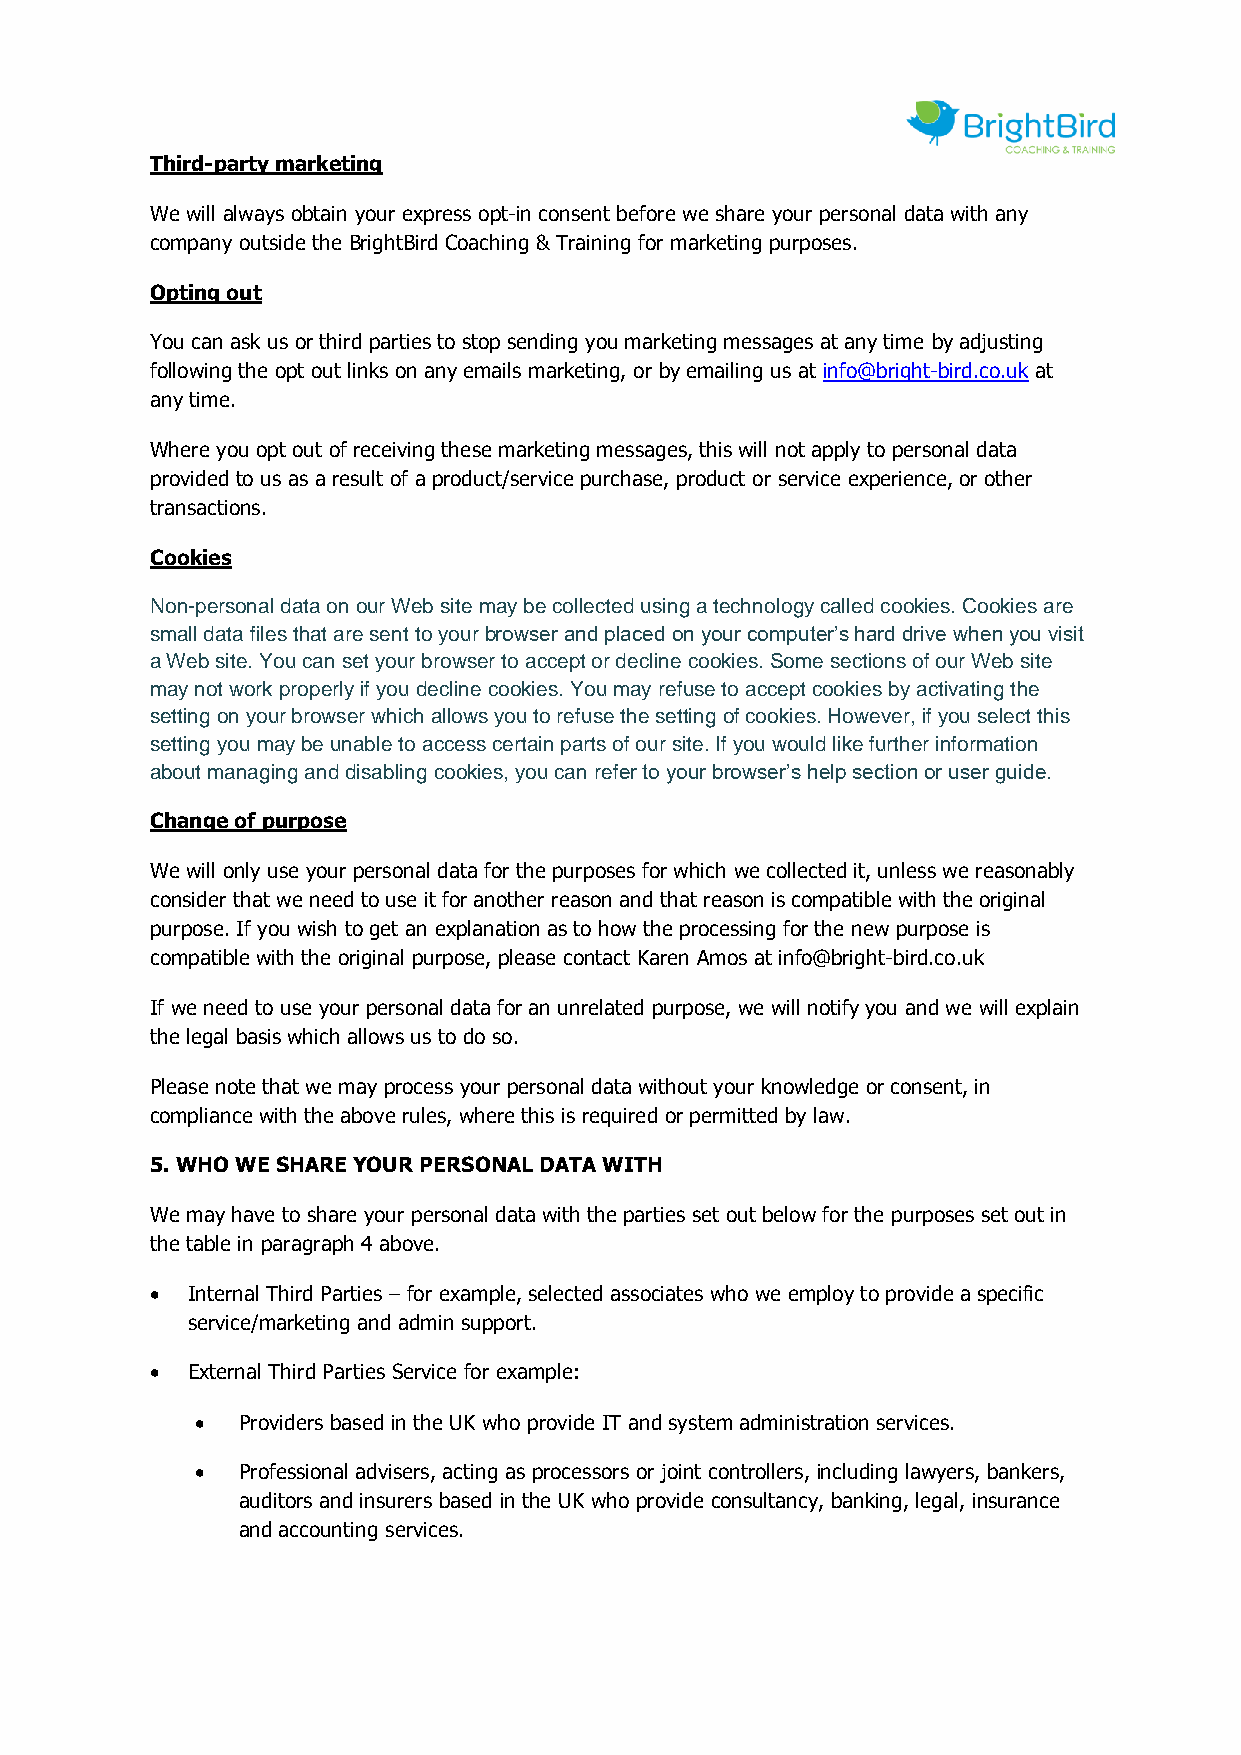
Third-party marketing
 We will always obtain your express opt-in consent before we share your personal data with any
 company outside the BrightBird Coaching & Training for marketing purposes.
 Opting out
 You can ask us or third parties to stop sending you marketing messages at any time by adjusting
 following the opt out links on any emails marketing, or by emailing us at info@bright-bird.co.uk at
 any time.
 Where you opt out of receiving these marketing messages, this will not apply to personal data
 provided to us as a result of a product/service purchase, product or service experience, or other
 transactions.
 Cookies
 Non-personal data on our Web site may be collected using a technology called cookies. Cookies are
 small data files that are sent to your browser and placed on your computer’s hard drive when you visit
 a Web site. You can set your browser to accept or decline cookies. Some sections of our Web site
 may not work properly if you decline cookies. You may refuse to accept cookies by activating the
 setting on your browser which allows you to refuse the setting of cookies. However, if you select this
 setting you may be unable to access certain parts of our site. If you would like further information
 about managing and disabling cookies, you can refer to your browser’s help section or user guide.
 Change of purpose
 We will only use your personal data for the purposes for which we collected it, unless we reasonably
 consider that we need to use it for another reason and that reason is compatible with the original
 purpose. If you wish to get an explanation as to how the processing for the new purpose is
 compatible with the original purpose, please contact Karen Amos at info@bright-bird.co.uk
 If we need to use your personal data for an unrelated purpose, we will notify you and we will explain
 the legal basis which allows us to do so.
 Please note that we may process your personal data without your knowledge or consent, in
 compliance with the above rules, where this is required or permitted by law.
 5. WHO WE SHARE YOUR PERSONAL DATA WITH
 We may have to share your personal data with the parties set out below for the purposes set out in
 the table in paragraph 4 above.
 • Internal Third Parties – for example, selected associates who we employ to provide a specific
 service/marketing and admin support.
 • External Third Parties Service for example:
 •  Providers based in the UK who provide IT and system administration services.
 •  Professional advisers, acting as processors or joint controllers, including lawyers, bankers,
 auditors and insurers based in the UK who provide consultancy, banking, legal, insurance
 and accounting services.